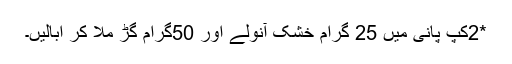
*2کپ پانی میں 25 گرام خشک آنولے اور 50گرام گڑ ملا کر ابالیں۔